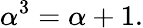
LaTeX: \alpha^{3}=\alpha+1.